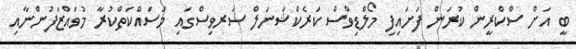
ބީ އަށް ސްކްރީން ކުރަން ފަށައިފި މޯލްޑިވްސް ކަރެކްޝަނަލް ސަރވިސްގައި މަސައްކަތްކުރާ މުވައްޒަފުންނާއި